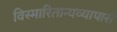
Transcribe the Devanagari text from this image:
विस्मारितान्यव्यापारो